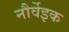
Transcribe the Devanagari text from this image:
नौर्वेइक